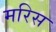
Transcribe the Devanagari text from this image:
मरिस